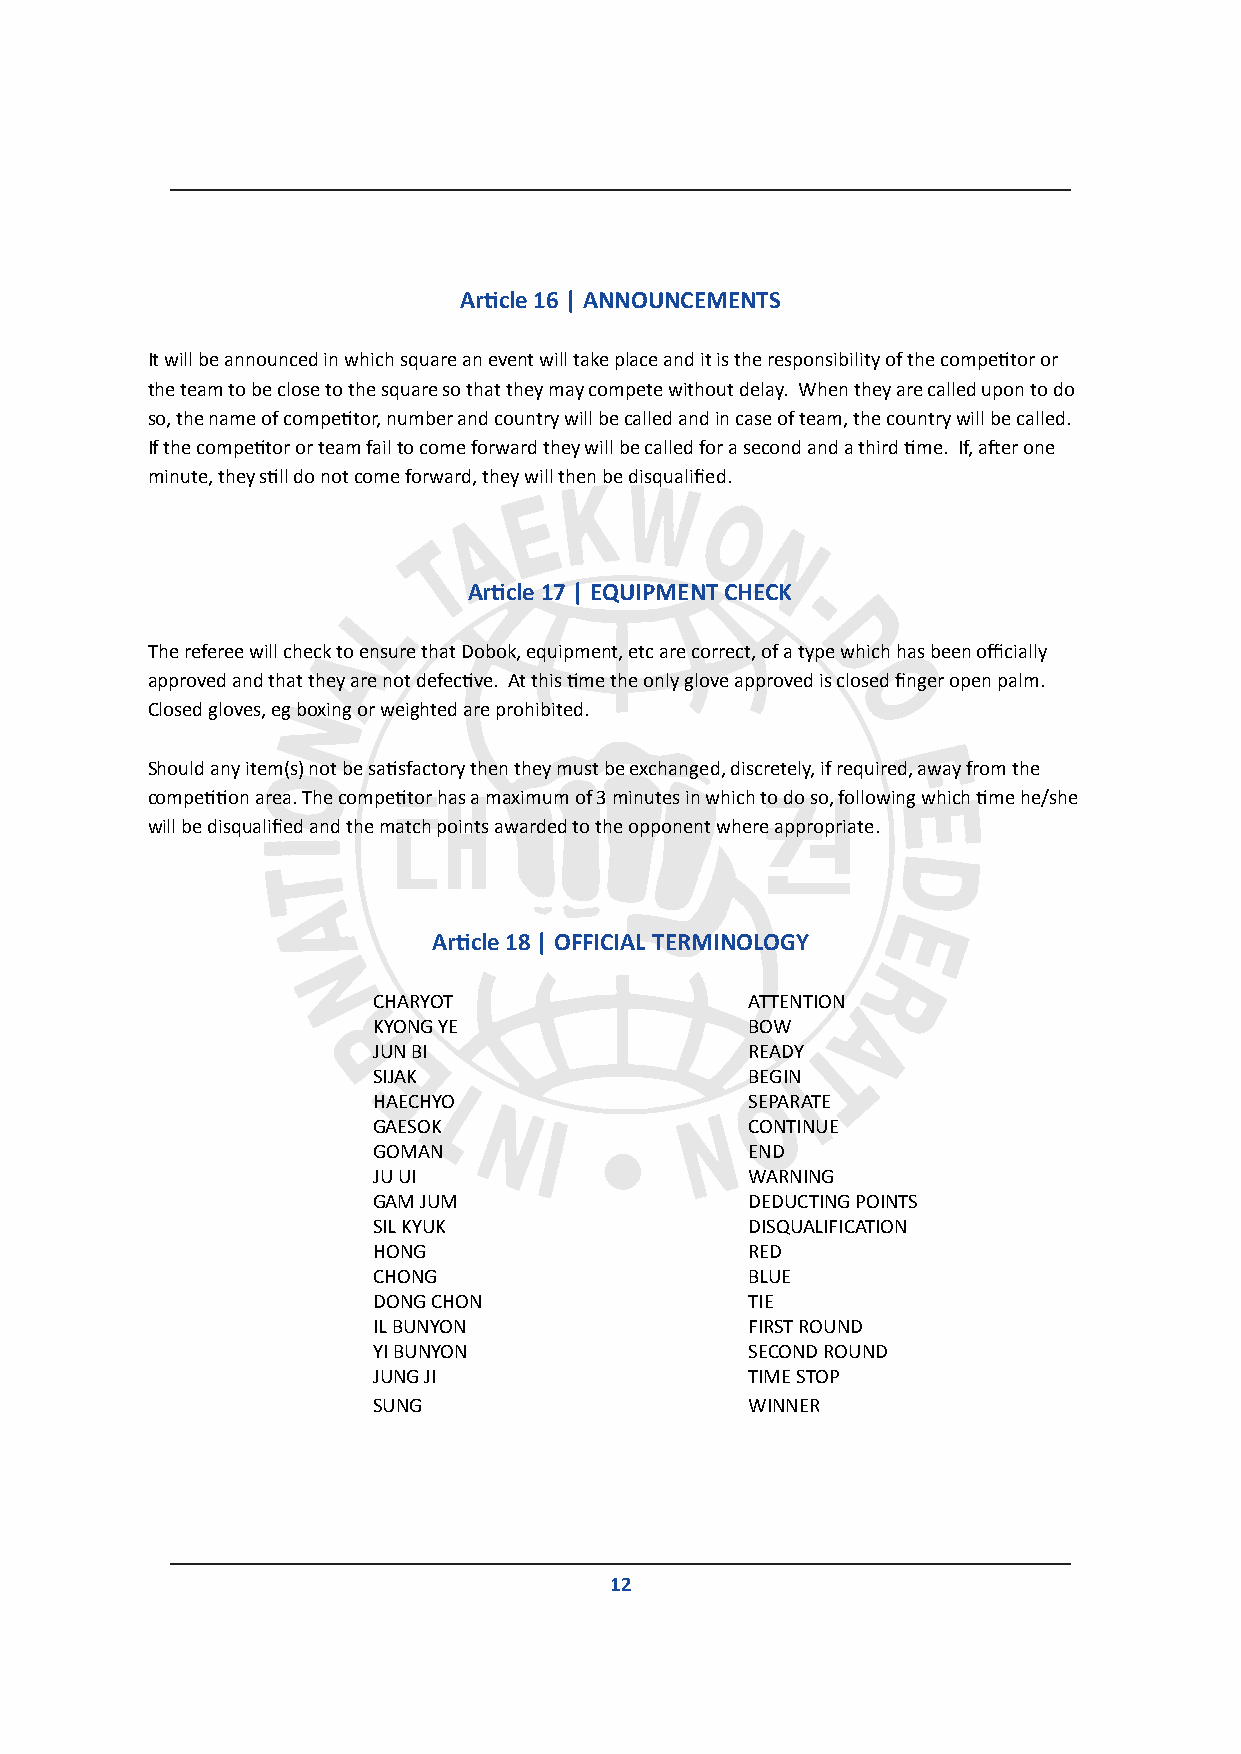
Article 16 | ANNOUNCEMENTS
 It will be announced in which square an event will take place and it is the responsibility of the competitor or
 the team to be close to the square so that they may compete without delay. When they are called upon to do
 so, the name of competitor, number and country will be called and in case of team, the country will be called.
 If the competitor or team fail to come forward they will be called for a second and a third time. If, after one
 minute, they still do not come forward, they will then be disqualified.
 Article 17 | EQUIPMENT CHECK
 The referee will check to ensure that Dobok, equipment, etc are correct, of a type which has been officially
 approved and that they are not defective. At this time the only glove approved is closed finger open palm.
 Closed gloves, eg boxing or weighted are prohibited.
 Should any item(s) not be satisfactory then they must be exchanged, discretely, if required, away from the
 competition area. The competitor has a maximum of 3 minutes in which to do so, following which time he/she
 will be disqualified and the match points awarded to the opponent where appropriate.
 Article 18 | OFFICIAL TERMINOLOGY
 CHARYOT                 ATTENTION
 KYONG YE                BOW
 JUN BI                  READY
 SIJAK                   BEGIN
 HAECHYO                 SEPARATE
 GAESOK                  CONTINUE
 GOMAN                   END
 JU UI                   WARNING
 GAM JUM                 DEDUCTING POINTS
 SIL KYUK                DISQUALIFICATION
 HONG                    RED
 CHONG                   BLUE
 DONG CHON               TIE
 IL BUNYON               FIRST ROUND
 YI BUNYON               SECOND ROUND
 JUNG JI                 TIME STOP
 SUNG                    WINNER
 12